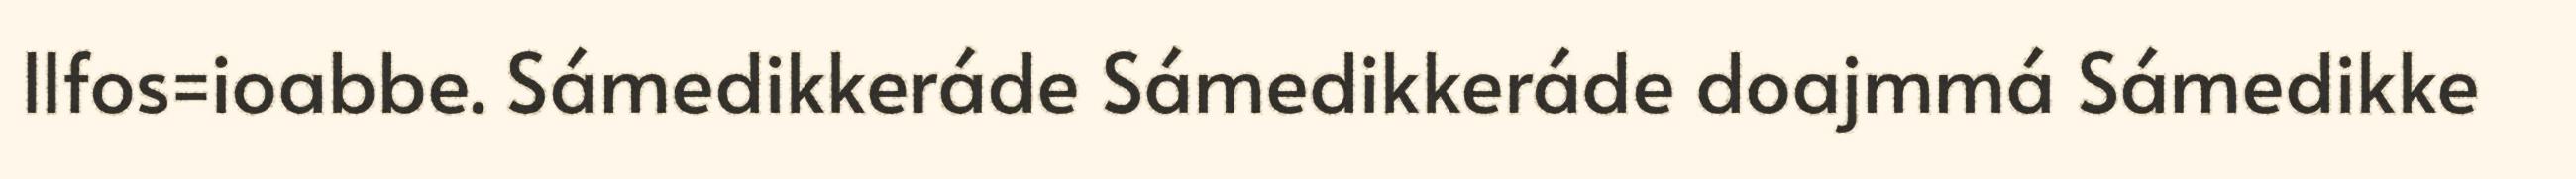
llfos=ioabbe. Sámedikkeráde Sámedikkeráde doajmmá Sámedikke